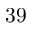
3 9